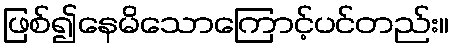
ဖြစ်၍နေမိသောကြောင့်ပင်တည်း။